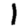
Digit: 1